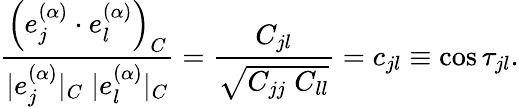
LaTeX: \frac{\left(e_{j}^{(\alpha)}\cdot e_{l}^{(\alpha)}\right)_{C}}{|e_{j}^{(\alpha)}|_{C}\; |e_{l}^{(\alpha)}|_{C}}=\frac{C_{jl}}{\sqrt{C_{jj}\; C_{ll}}}=c_{jl}\equiv\cos\tau_{jl}.